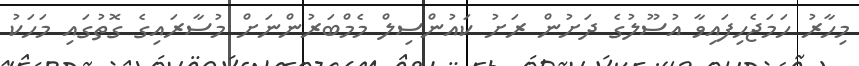
މިހާރު ހަމަޖެހިފައިވާ އުސޫލުގެ ދަށުން ރަށު ކައުންސިލް މެމްބަރުންނަށް މުސާރައިގެ ގޮތުގައި މަހަކު